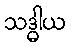
သဒ္ဓါယ